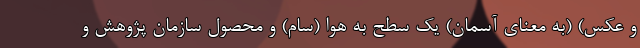
و عکس) (به معنای آسمان) یک سطح به هوا (سام) و محصول سازمان پژوهش و